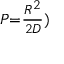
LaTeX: \scriptstyle P = { \frac { R ^ { 2 } } { 2 D } } )